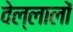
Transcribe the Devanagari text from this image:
वेल्लालों